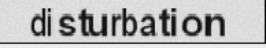
disturbation